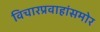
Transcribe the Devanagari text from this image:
विचारप्रवाहांसमोर